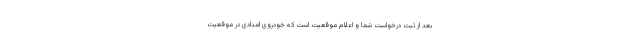
بعد از ثبت درخواست شما و اعلام موقعیت است که خودروی امدادی در موقعیت